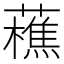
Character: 藮